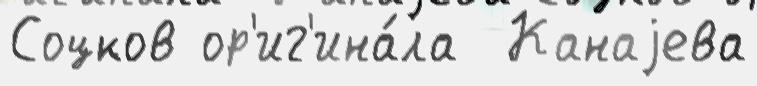
Соцков ор'иг'ина́ла  Канаjева